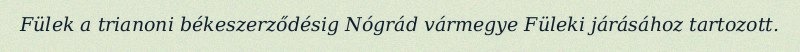
Fülek a trianoni békeszerződésig Nógrád vármegye Füleki járásához tartozott.